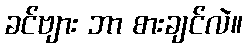
ခင်ဗျား ဘာ စားချင်လဲ။